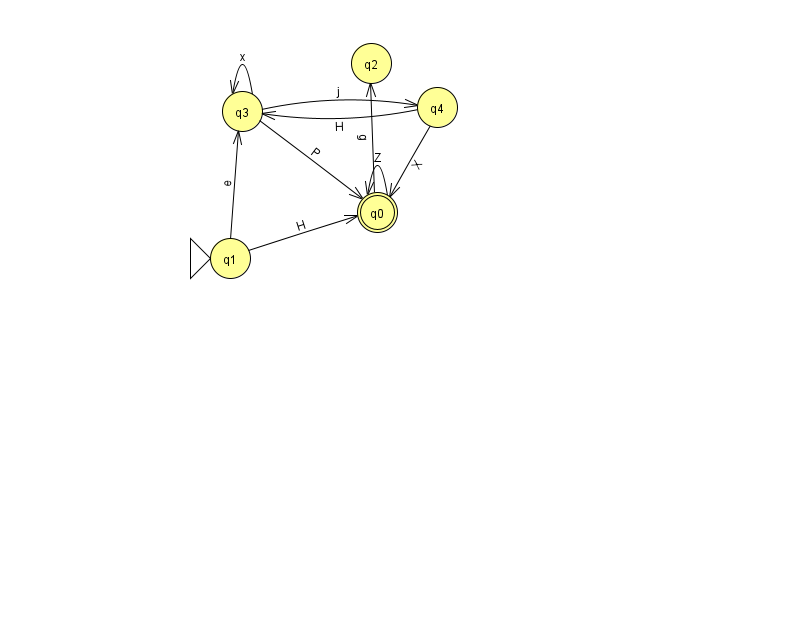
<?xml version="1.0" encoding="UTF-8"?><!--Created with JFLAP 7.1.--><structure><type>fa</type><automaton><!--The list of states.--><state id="0" name="q0"><x>377.0</x><y>199.0</y><final/></state><state id="1" name="q1"><x>230.0</x><y>245.0</y><initial/></state><state id="2" name="q2"><x>371.0</x><y>50.0</y></state><state id="3" name="q3"><x>242.0</x><y>98.0</y></state><state id="4" name="q4"><x>437.0</x><y>94.0</y></state><!--The list of transitions.--><transition><from>4</from><to>3</to><read>H</read></transition><transition><from>1</from><to>0</to><read>H</read></transition><transition><from>1</from><to>3</to><read>e</read></transition><transition><from>0</from><to>2</to><read>g</read></transition><transition><from>3</from><to>4</to><read>j</read></transition><transition><from>3</from><to>3</to><read>x</read></transition><transition><from>0</from><to>0</to><read>Z</read></transition><transition><from>4</from><to>0</to><read>X</read></transition><transition><from>3</from><to>0</to><read>P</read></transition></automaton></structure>